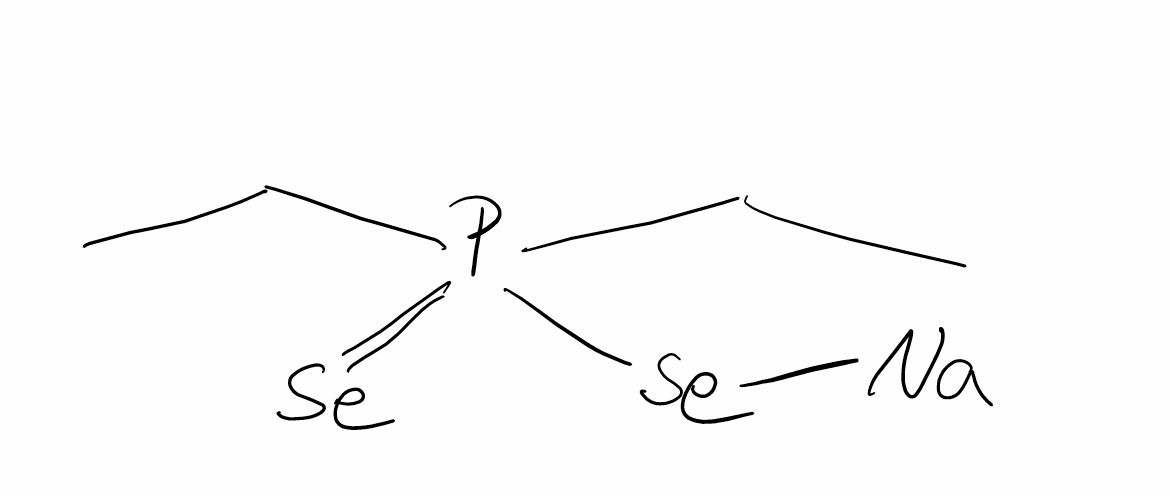
Simplified molecular-input line-entry system (SMILES) notation of the given molecule:
CCP(=[Se])(CC)[Se][Na]